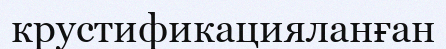
крустификацияланған